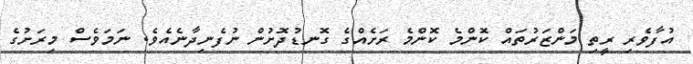
އުފާވެރި ރީތި މަންޒަރުތައް ކޮންމެ ކޮންމެ ރަށެއްގެ ގޮނޑުދޮށުން ނުފެނިދާނެއެވެ. ނަމަވެސް މިރަށުގެ